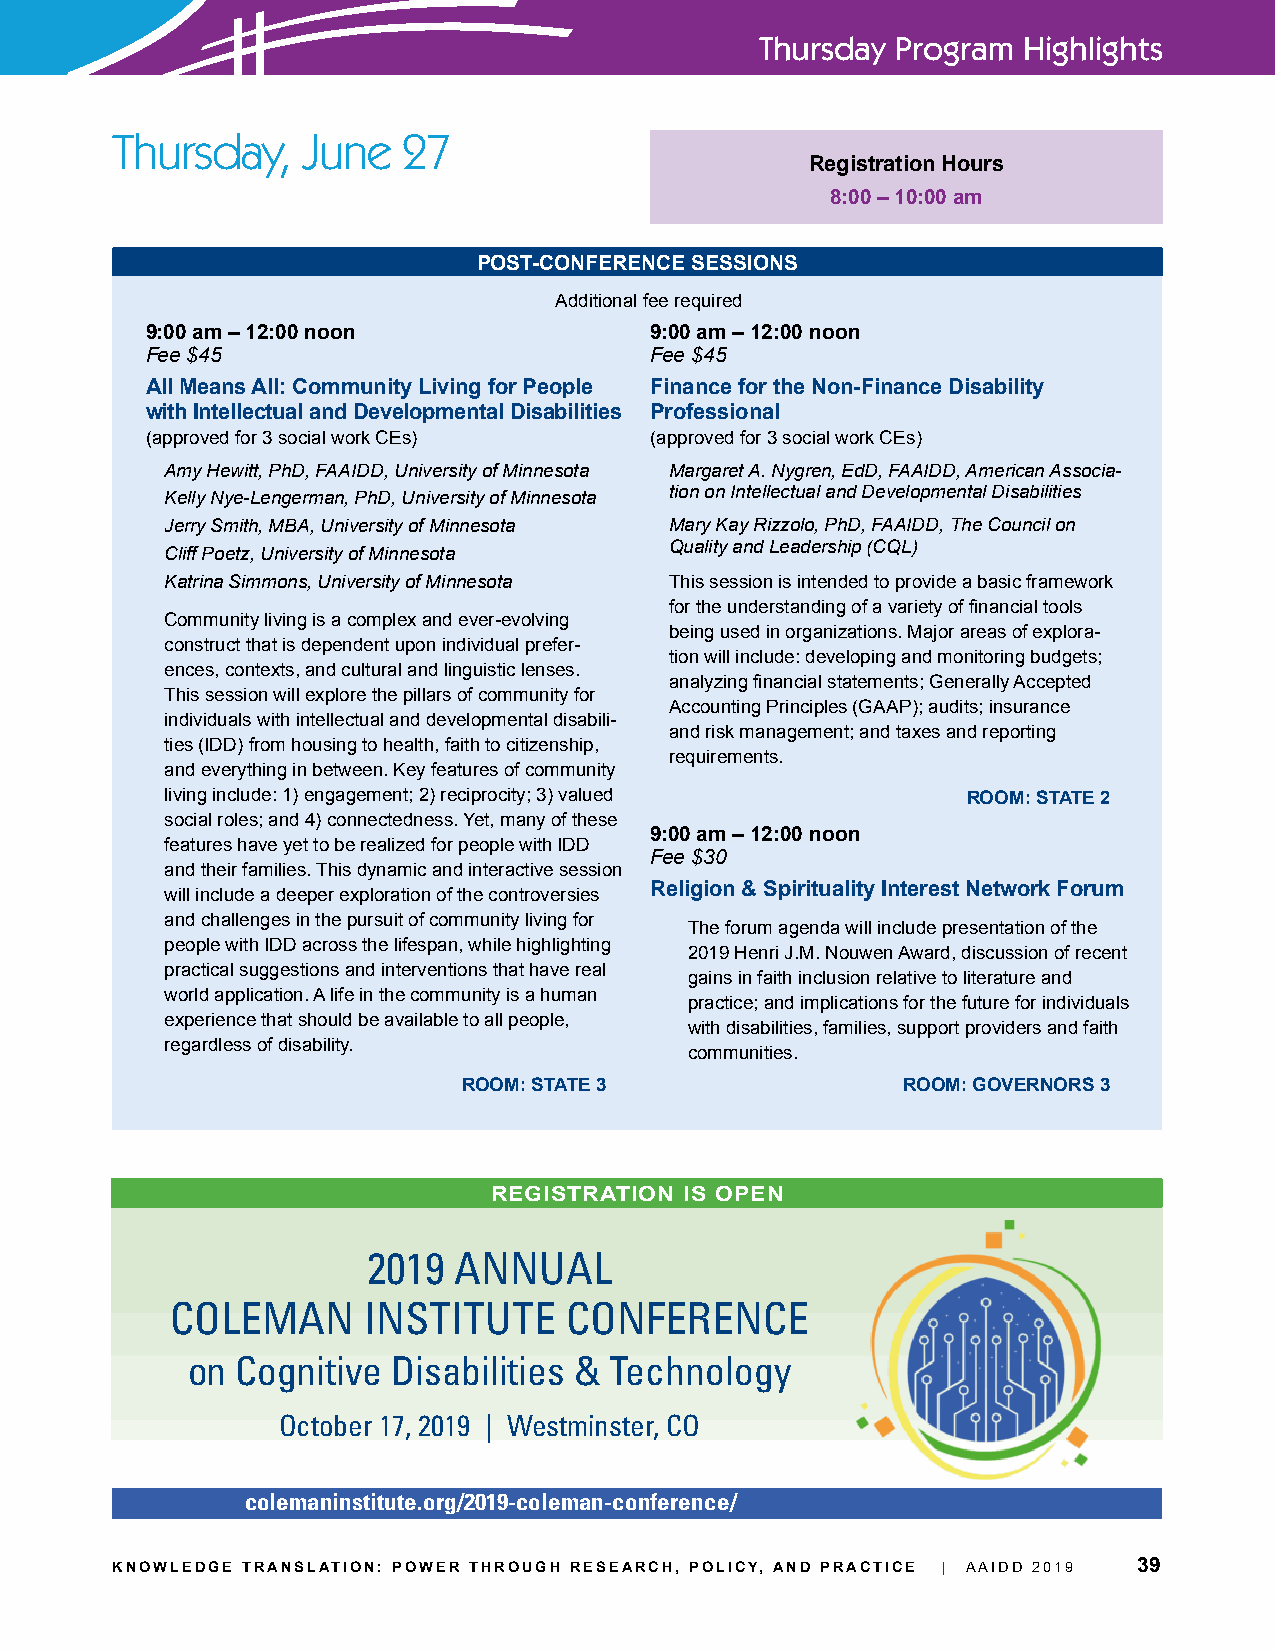
Thursday Program  Highlights
 Thursday,    June   27
 Registration Hours
 8:00 – 10:00 am
 POST-CONFERENCE SESSIONS
 Additional fee required
 9:00 am – 12:00 noon             9:00 am – 12:00 noon
 Fee $45                          Fee $45
 All Means All: Community Living for People Finance for the Non-Finance Disability
 with Intellectual and Developmental Disabilities Professional
 (approved for 3 social work CEs) (approved for 3 social work CEs)
 Amy Hewitt, PhD, FAAIDD, University of Minnesota Margaret A. Nygren, EdD, FAAIDD, American Associa-
 Kelly Nye-Lengerman, PhD, University of Minnesota tion on Intellectual and Developmental Disabilities
 Jerry Smith, MBA, University of Minnesota Mary Kay Rizzolo, PhD, FAAIDD, The Council on
 Quality and Leadership (CQL)
 Cliff Poetz, University of Minnesota
 Katrina Simmons, University of Minnesota This session is intended to provide a basic framework
 for the understanding of a variety of financial tools
 Community living is a complex and ever-evolving
 being used in organizations. Major areas of explora-
 construct that is dependent upon individual prefer-
 tion will include: developing and monitoring budgets;
 ences, contexts, and cultural and linguistic lenses.
 analyzing financial statements; Generally Accepted
 This session will explore the pillars of community for
 Accounting Principles (GAAP); audits; insurance
 individuals with intellectual and developmental disabili-
 and risk management; and taxes and reporting
 ties (IDD) from housing to health, faith to citizenship,
 requirements.
 and everything in between. Key features of community
 living include: 1) engagement; 2) reciprocity; 3) valued ROOM: STATE 2
 social roles; and 4) connectedness. Yet, many of these
 9:00 am – 12:00 noon
 features have yet to be realized for people with IDD
 Fee $30
 and their families. This dynamic and interactive session
 Religion & Spirituality Interest Network Forum
 will include a deeper exploration of the controversies
 and challenges in the pursuit of community living for
 The forum agenda will include presentation of the
 people with IDD across the lifespan, while highlighting
 2019 Henri J.M. Nouwen Award, discussion of recent
 practical suggestions and interventions that have real
 gains in faith inclusion relative to literature and
 world application. A life in the community is a human
 practice; and implications for the future for individuals
 experience that should be available to all people,
 with disabilities, families, support providers and faith
 regardless of disability.
 communities.
 ROOM: STATE 3                ROOM: GOVERNORS 3
 REGISTRATION IS OPEN
 2019  ANNUAL
 COLEMAN      INSTITUTE    CONFERENCE
 on  Cognitive Disabilities & Technology
 October 17, 2019 | Westminster, CO
 colemaninstitute.org/2019-coleman-conference/
 KNOWLEDGE TRANSLATION: POWER THROUGH RESEARCH, POLICY, AND PRACTICE | AAIDD 2019 39